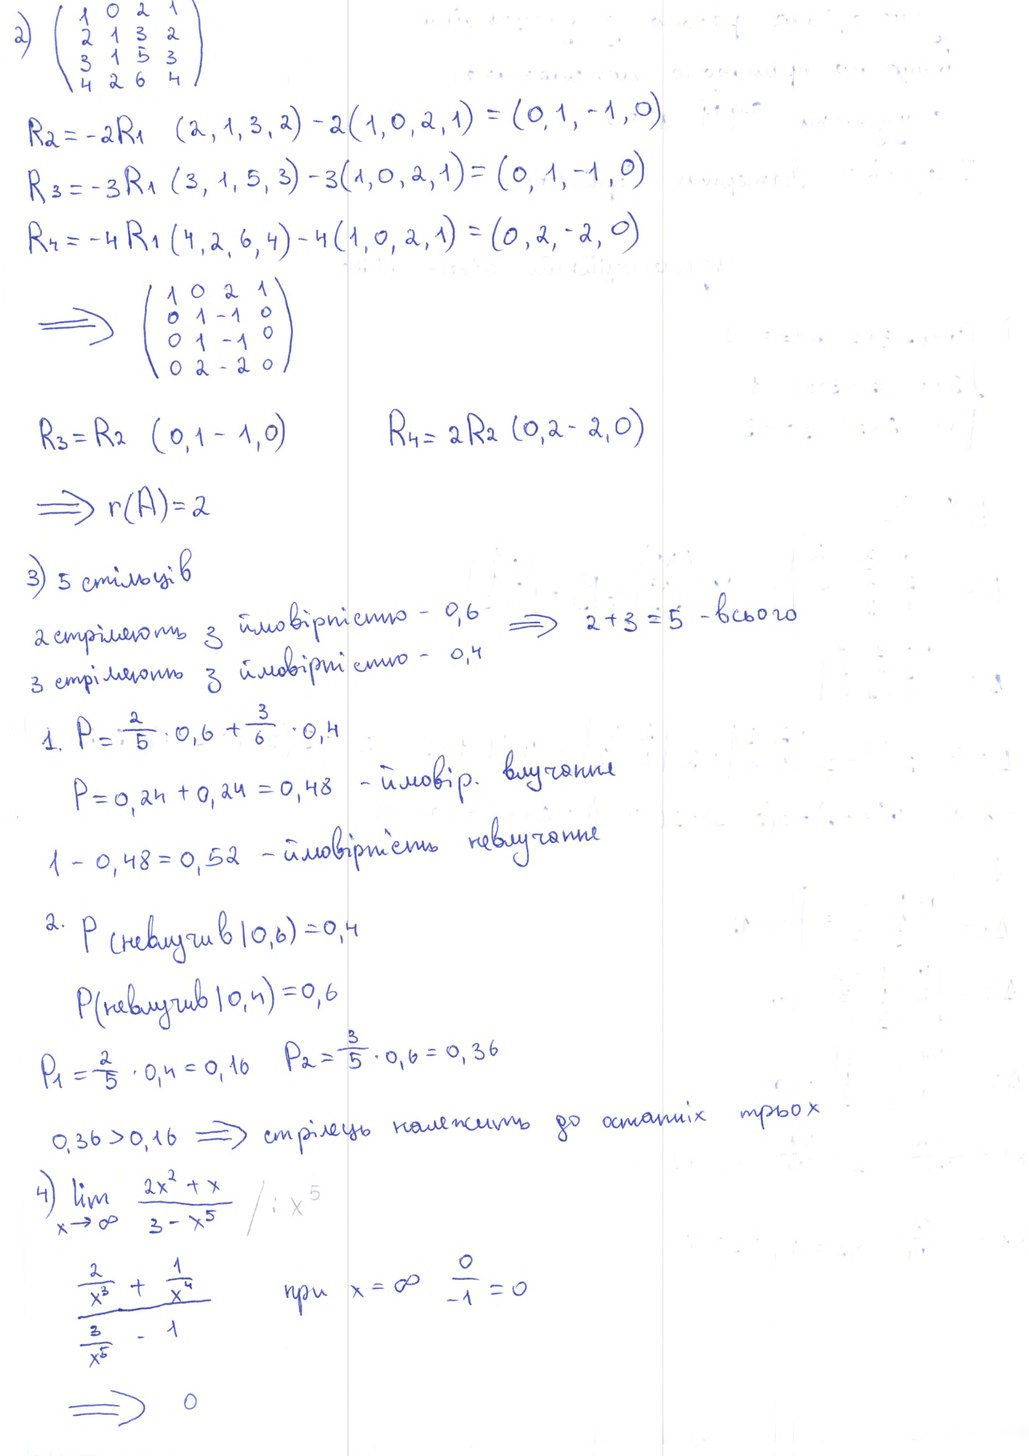
2) ( 1 0 2 1 2 1 3 2 3 1 5 3 4 2 6 4 )
R2 = -2R1 (2, 1, 3, 2) - 2(1, 0, 2, 1) = (0, 1, -1, 0)
R3 = -3 R1 (3, 1, 5, 3) - 3 (1, 0, 2, 1) = (0, 1, -1, 0)
R4 = -4 R1 (4, 2, 6, 4) - 4 (1, 0, 2, 1) = (0, 2, -2, 0)
=> (1 0 2 1 0 1 -1 0 0 1 -1 0 0 2 -2 0)
R3 = R2 (0, 1 - 1, 0)
R4 = 2R2 (0,2 - 2,0)
=> r(A) = 2
3) 5 стільців
2 стріляють з ймовірністю - 0,6 => 2+3=5 всього
з стріляють з ймовірністю - 0,4
1. P = 2/5 · 0,6 + 3/6 · 0,4
- ймовір. влучання
P = 0,24 + 0,24 = 0,48 - ймовір. влучання
1 - 0,48 = 0,52 - ймовірність невлучання
2. P (невлучив | 0,6) = 0,4
P(невлучив | 0,4) = 0,6
P1 = 2/5 * 0,4 = 0,16 P2 = 3/5 * 0,6 = 0,36
0,36 > 0,16 => стрілець належить до останніх трьох
4) lim x -> infinity (2x^2 + x) / (3 - x^5) / : x^5
при x = ∞ 0/-1 = 0
2/x^3 + 1/x^4 / 3/x^5 - 1
=> 0